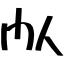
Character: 閄